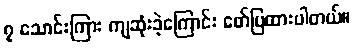
၇ သောင်းကြား ကျဆုံးခဲ့ကြောင်း ဖော်ပြထားပါတယ်။